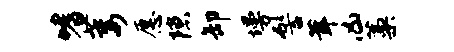
嗜萎愿隙卸墁髻茸凶藁